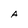
Character: A